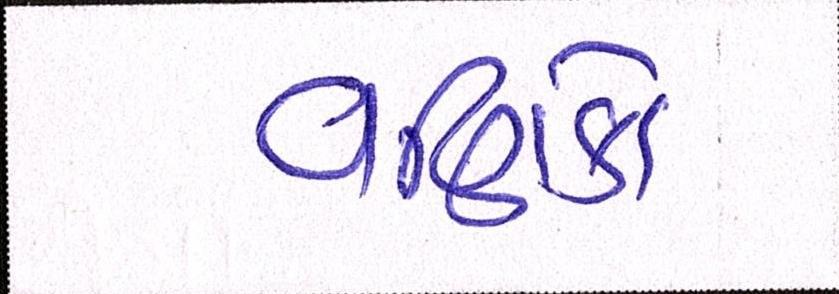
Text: વણિકો